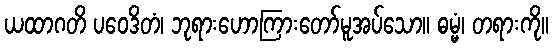
ယထာဂတိ ပဝေဒိတံ၊ ဘုရားဟောကြားတော်မူအပ်သော။ ဓမ္မံ၊ တရားကို။